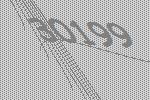
30199